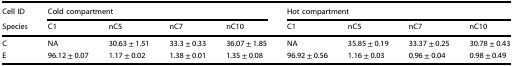
<table><thead><tr><td><b>Cell ID</b></td><td colspan="4"><b>Cold compartment</b></td><td colspan="4"><b>Hot compartment</b></td></tr><tr><td><b>Species</b></td><td><b>C1</b></td><td><b>nC5</b></td><td><b>nC7</b></td><td><b>nC10</b></td><td><b>C1</b></td><td><b>nC5</b></td><td><b>nC7</b></td><td><b>nC10</b></td></tr></thead><tbody><tr><td>C</td><td>NA</td><td>30.63 ± 1.51</td><td>33.3 ± 0.33</td><td>36.07 ± 1.85</td><td>NA</td><td>35.85 ± 0.19</td><td>33.37 ± 0.25</td><td>30.78 ± 0.43</td></tr><tr><td>E</td><td>96.12 ± 0.07</td><td>1.17 ± 0.02</td><td>1.38 ± 0.01</td><td>1.35 ± 0.08</td><td>96.92 ± 0.56</td><td>1.16 ± 0.03</td><td>0.96 ± 0.04</td><td>0.98 ± 0.49</td></tr></tbody></table>